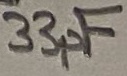
Text: 33pF